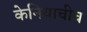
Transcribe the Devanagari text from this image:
केनियाचीच